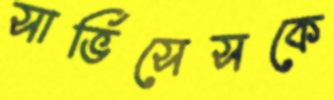
সার্ভিসেসকে